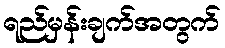
ရည်မှန်းချက်အတွက်